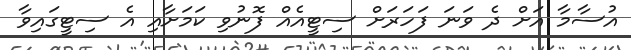
އުސާމާ އަށް ދެ ވަނަ ފަހަރަށް ސިޓީއެއް ފޮނުވި ކަމަށާއި އެ ސިޓީގައިވާ